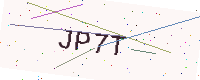
Text: JP7T